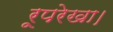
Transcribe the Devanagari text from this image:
रूपरेखा।